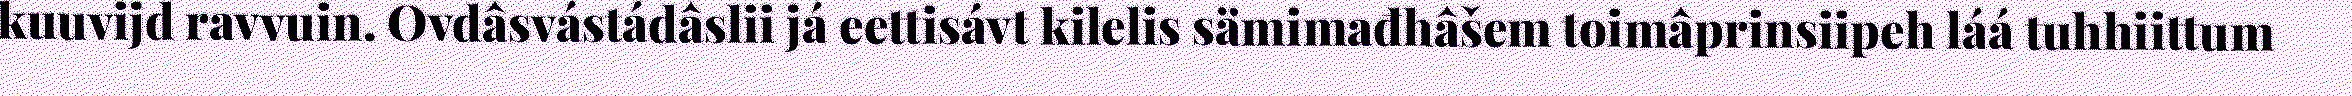
kuuvijd ravvuin. Ovdâsvástádâslii já eettisávt kilelis sämimađhâšem toimâprinsiipeh láá tuhhiittum